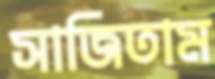
সাজিতাম